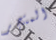
المتجر